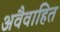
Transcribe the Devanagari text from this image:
अवैवाहित